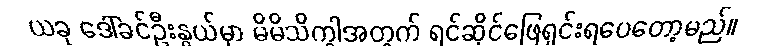
ယခု ဒေါ်ခင်ဦးနွယ်မှာ မိမိသိက္ခါအတွက် ရင်ဆိုင်ဖြေရှင်းရပေတော့မည်။